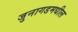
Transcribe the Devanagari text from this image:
जुनागडमधील